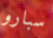
سبارو